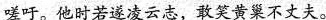
嗟吁。他时若遂凌云志，敢笑黄巢不丈夫。